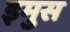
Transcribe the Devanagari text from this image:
इमुस